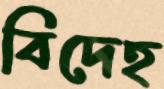
বিদেহ